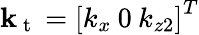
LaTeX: \mathbf{k}_{\mathrm{~t~}}=\left[k_{x}\: 0\: k_{z2}\right]^{T}